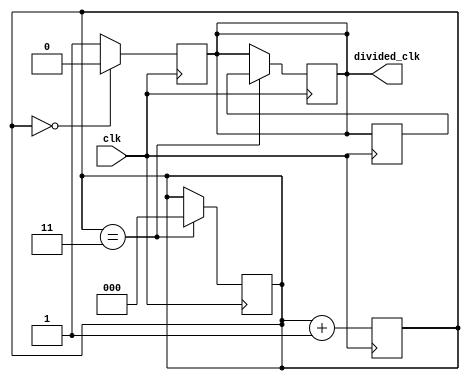
module JohnsonCounterClockDivider (
    input wire clk,          // Input clock signal
    output reg divided_clk   // Output divided clock signal
);

reg [2:0] count;            // Johnson counter count
parameter DIV_FACTOR = 3;   // Divide factor
reg sync_divided_clk;       // Synchronized divided clock signal

// Johnson counter implementation
always @(posedge clk) begin
    if (count == 3'd0) begin
        divided_clk <= 1'b0;
    end else begin
        divided_clk <= 1'b1;
    end
    count <= count + 1;
end

// Synchronize divided clock signal with input clock
always @(posedge clk) begin
    sync_divided_clk <= divided_clk;
end

// Timing control to ensure proper synchronization
always @(posedge clk) begin
    if (count == DIV_FACTOR) begin
        divided_clk <= sync_divided_clk;
        count <= 3'd0;
    end
end

endmodule